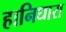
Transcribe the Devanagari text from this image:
हानिधारा